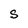
Character: S